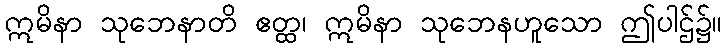
ဣမိနာ သုဘေနာတိ ဧတ္ထ၊ ဣမိနာ သုဘေနဟူသော ဤပါဌ်၌။